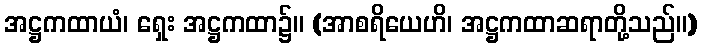
အဋ္ဌကထာယံ၊ ရှေး အဋ္ဌကထာ၌။ (အာစရိယေဟိ၊ အဋ္ဌကထာဆရာတို့သည်။)